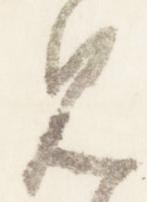
見